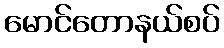
မောင်တောနယ်စပ်